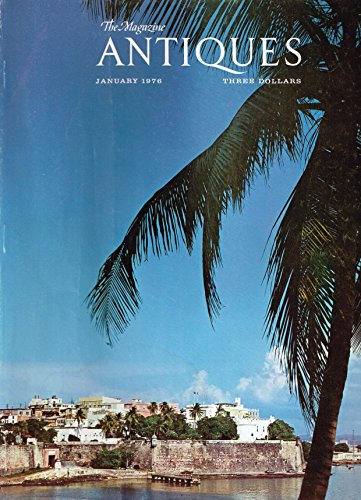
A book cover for The Magazine Antiques January 1976; Crafts, Hobbies & Home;